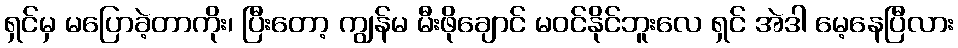
ရှင်မှ မပြောခဲ့တာကိုး၊ ပြီးတော့ ကျွန်မ မီးဖိုချောင် မဝင်နိုင်ဘူးလေ ရှင် အဲဒါ မေ့နေပြီလား